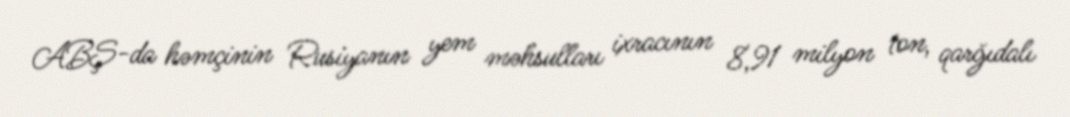
ABŞ-da həmçinin Rusiyanın yem məhsulları ixracının 8,91 milyon ton, qarğıdalı